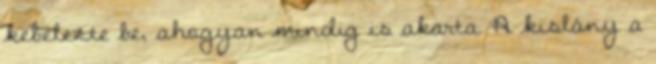
kebelezte be, ahogyan mindig is akarta. A kislány a